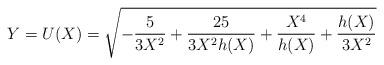
LaTeX: \begin{align*}Y=U(X)=\sqrt{-\frac{5}{3 X^2}+\frac{25}{3 X^2 h(X)}+\frac{X^4}{h(X)}+\frac{h(X)}{3 X^2}}\end{align*}